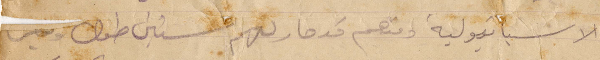
الاسبانيولية ومنهم قد صار لهم سنين طوالة وليس